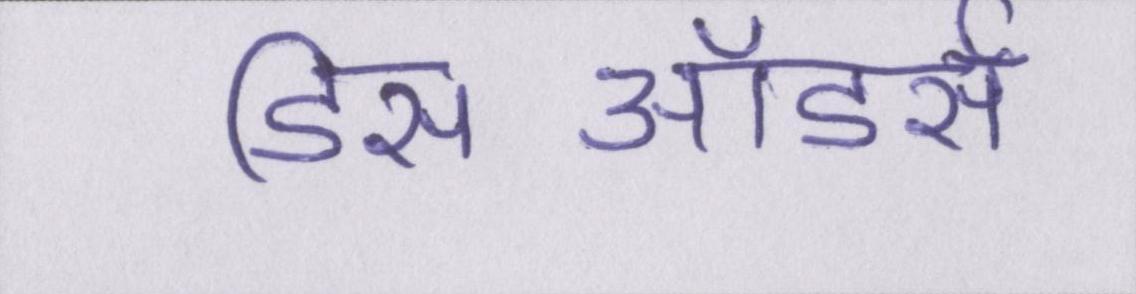
डिसऑडर्स